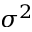
\sigma ^ { 2 }